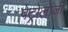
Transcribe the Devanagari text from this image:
पेट्रोलॉजी